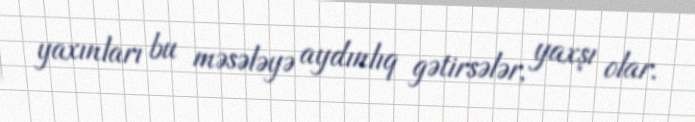
yaxınları bu məsələyə aydınlıq gətirsələr, yaxşı olar.